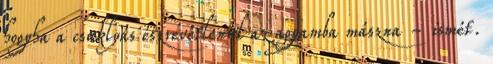
hogyha a csuklyás észrevétlenül az agyamba mászna - ismét.